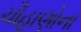
ચૌહાણોના